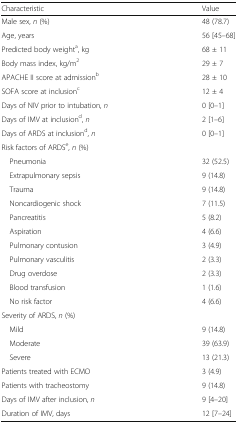
| Characteristic | Value |
 | --- | --- |
 | Male sex, n (%) | 48 (78.7) |
 | Age, years | 56 [45–68] |
 | Predicted body weighta, kg | 68 ± 11 |
 | Body mass index, kg/m2 | 29 ± 7 |
 | APACHE II score at admissionb | 28 ± 10 |
 | SOFA score at inclusionc | 12 ± 4 |
 | Days of NIV prior to intubation, n | 0 [0–1] |
 | Days of IMV at inclusiond, n | 2 [1–6] |
 | Days of ARDS at inclusiond, n | 0 [0–1] |
 | Risk factors of ARDSe, n (%) |  |
 | Pneumonia | 32 (52.5) |
 | Extrapulmonary sepsis | 9 (14.8) |
 | Trauma | 9 (14.8) |
 | Noncardiogenic shock | 7 (11.5) |
 | Pancreatitis | 5 (8.2) |
 | Aspiration | 4 (6.6) |
 | Pulmonary contusion | 3 (4.9) |
 | Pulmonary vasculitis | 2 (3.3) |
 | Drug overdose | 2 (3.3) |
 | Blood transfusion | 1 (1.6) |
 | No risk factor | 4 (6.6) |
 | Severity of ARDS, n (%) |  |
 | Mild | 9 (14.8) |
 | Moderate | 39 (63.9) |
 | Severe | 13 (21.3) |
 | Patients treated with ECMO | 3 (4.9) |
 | Patients with tracheostomy | 9 (14.8) |
 | Days of IMV after inclusion, n | 9 [4–20] |
 | Duration of IMV, days | 12 [7–24] |